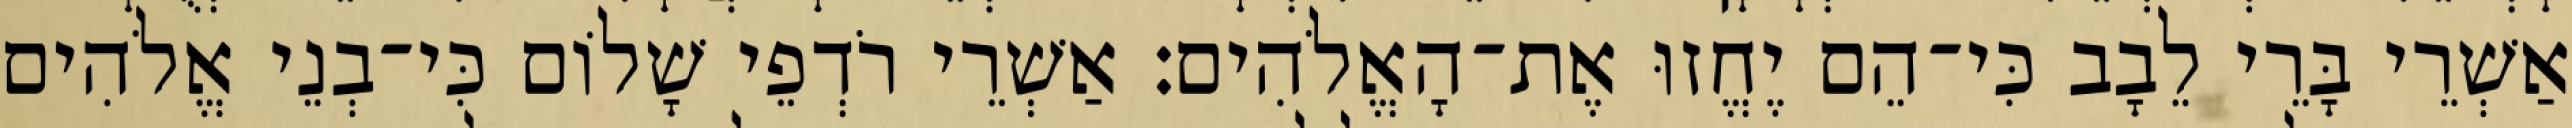
אַשְׁרֵי בָּרֵי לֵבָב כִּי־הֵם יֶחֱזוּ אֶת־הָאֱלֹהִים׃ אַשְׁרֵי רֹדְפֵי שָׁלוֹם כִּי־בְנֵי אֱלֹהִים